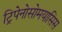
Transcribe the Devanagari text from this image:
ट्रिपेनोसोमयासिस